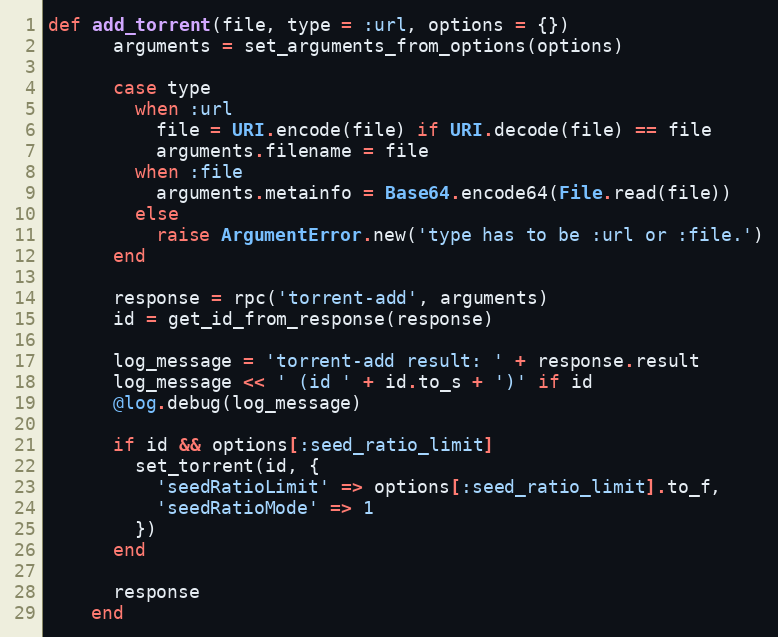
Language: Ruby
def add_torrent(file, type = :url, options = {})
      arguments = set_arguments_from_options(options)

      case type
        when :url
          file = URI.encode(file) if URI.decode(file) == file
          arguments.filename = file
        when :file
          arguments.metainfo = Base64.encode64(File.read(file))
        else
          raise ArgumentError.new('type has to be :url or :file.')
      end

      response = rpc('torrent-add', arguments)
      id = get_id_from_response(response)

      log_message = 'torrent-add result: ' + response.result
      log_message << ' (id ' + id.to_s + ')' if id
      @log.debug(log_message)

      if id && options[:seed_ratio_limit]
        set_torrent(id, {
          'seedRatioLimit' => options[:seed_ratio_limit].to_f,
          'seedRatioMode' => 1
        })
      end

      response
    end